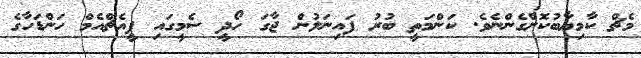
މެޗް ކާމިޔާބުކޮށްގެންނެވެ. ކަންމަތީ ބުރު ފައިނަލުން ޖާގަ ހޯދީ ސެމީގައި ޕީއެޗްއެމް ހަންޑަހާގެ